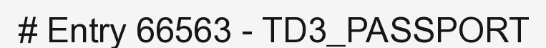
# Entry 66563 - TD3_PASSPORT